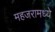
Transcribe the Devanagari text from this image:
महजरामध्ये